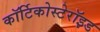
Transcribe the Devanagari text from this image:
कॉर्टिकोस्टेरॉइड